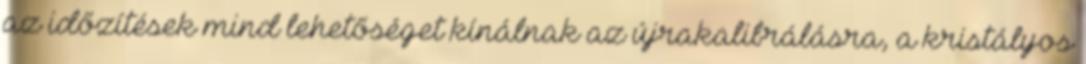
az időzítések mind lehetőséget kínálnak az újrakalibrálásra, a kristályos